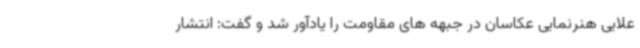
علایی هنرنمایی عکاسان در جبهه های مقاومت را یادآور شد و گفت: انتشار